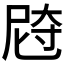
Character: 𰍼